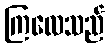
ကြလေသည်